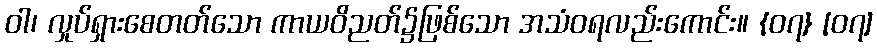
ဝါ၊ လှုပ်ရှားစေတတ်သော ကာယဝိညတ်၌ဖြစ်သော အသံဝရလည်းကောင်း။ {၀၇} [၀၇]